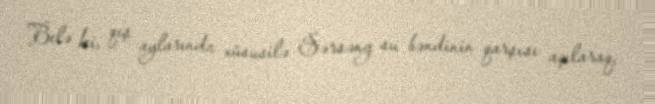
Belə ki, qış aylarında xüsusilə Sərsəng su bəndinin qarşısı açılaraq,